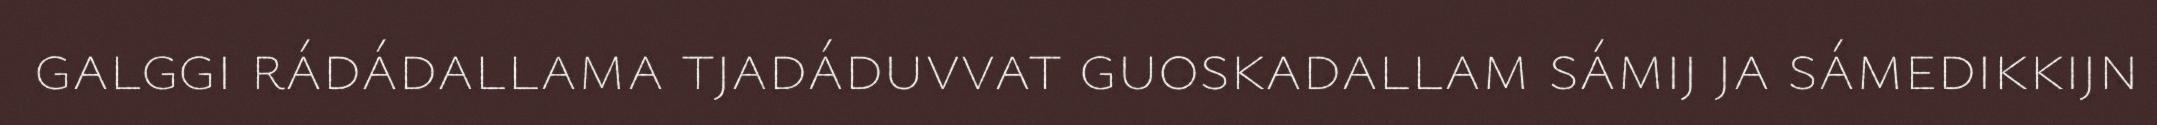
galggi rádádallama tjadáduvvat guoskadallam sámij ja sámedikkijn